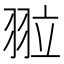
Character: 翋